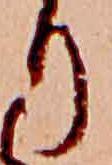
り